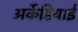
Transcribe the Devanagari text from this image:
अर्केडियाई